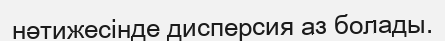
нәтижесінде дисперсия аз болады.